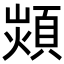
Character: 𩓈